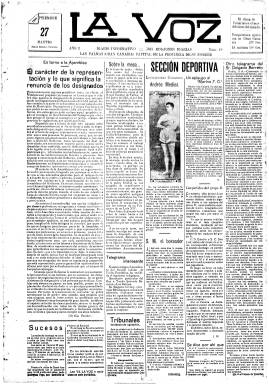
Título: La Voz (Las Palmas de Gran Canaria)
Colección: Periódicos
Ámbito geográfico: Las Palmas
Lugar de publicación: Las Palmas, Gran Canaria
Fechas: 27/09/1927-17/12/1927

Con el subtítulo “diario informativo” aparece este periódico en septiembre de 1927, en cuya cabecera se señala a Las Palmas “como capital de la provincia de su nombre”. Indicación esta que hace referencia a la división en dos provincias que de este archipiélago había decretado ese mismo año el Directorio Militar de Miguel Primo de Rivera, que desde 1833 lo constituía sólo una provincia con capital en Santa Cruz de Tenerife, y que dio lugar al denominado “pleito insular”. Con toda probabilidad, el periódico estuvo bajo la influencia de la Unión Patriótica, el partido único creado por la dictadura y cuyo presidente insular era el abogado Tomás Quevedo Ramírez (1894-1935), enfrentado al liberal romanonista y también abogado José Mesa y López (1877-1951), quien a su vez tenía bajo su influencia el asimismo diario El liberal.

Se trata de un periódico con una hechura formal similar a los otros diarios que se publican en ese momento en Las Palmas, de cuatro páginas y compuesto a seis columnas. Indica también que tira dos ediciones diarias, con noticias locales (municipales, deportes, espectáculos, tribunales, sucesos, movimiento de buques del puerto, etc.), nacionales, de provincias e internacionales. En este caso tenía una sección bajo el epígrafe “Información por cable, telégrafo, teléfono y correos”, que presenta como servicio especial para el periódico. También abundan en sus números los anuncios publicitarios. Dedica especial espacio a información procedente de la citada Unión Patriótica, y entre las escasas firmas que aparecen destaca la de Ramiro de Maeztu, que publica un artículo sobre la administración local, tan de actualidad por la reforma primoriverista.

Imágenes cedidas por TECNODOC.